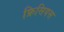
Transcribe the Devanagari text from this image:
फ्रिसियस